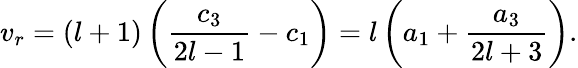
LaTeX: v_{r}=(l+1)\left(\frac{c_{3}}{2l-1}-c_{1}\right)=l\left(a_{1}+\frac{a_{3}}{2l+3}\right).